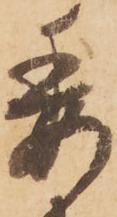
委